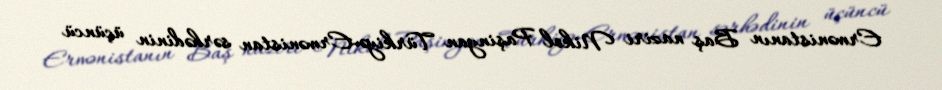
Ermənistanın Baş naziri Nikol Paşinyan Türkiyə-Ermənistan sərhədinin üçüncü